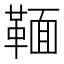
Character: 𩋠